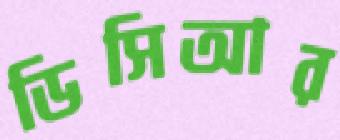
ডিসিআর